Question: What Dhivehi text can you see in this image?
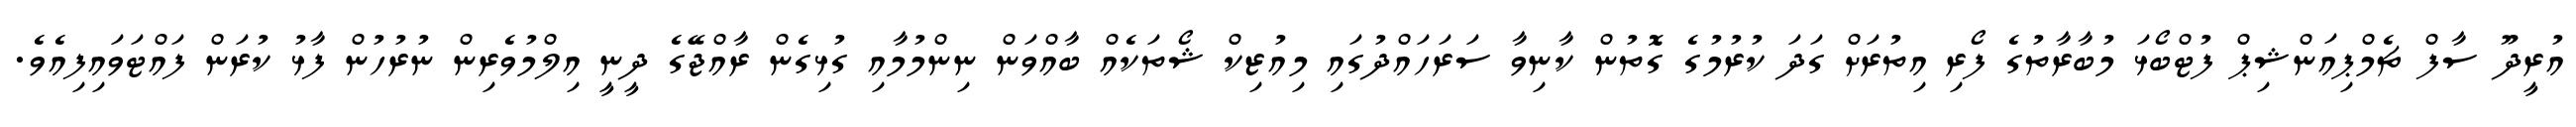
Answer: އުރީދޫ ސާފް ޗެމްޕިއަންޝިޕް ފުޓްބޯޅަ މުބާރާތުގެ ފޯރި އިތުރަށް ގަދަ ކުރުމުގެ ގޮތުން ކާނިވާ ސަރަހައްދުގައި މިއުޒިކް ޝޯތަކެއް ބާއްވަން ނިންމުމާއި ގުޅިގެން ރާއްޖޭގެ ދީނީ އިލްމުވެރިން ނުރުހުން ފާޅު ކުރަން ފައްޓަވައިފިއެވެ.